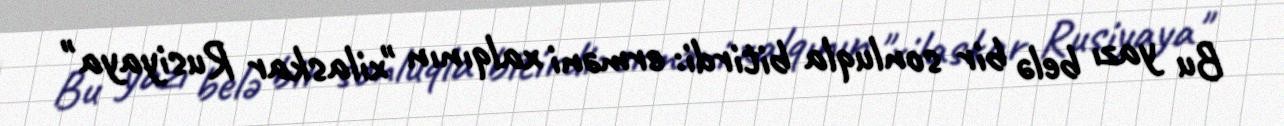
Bu yazı belə bir sonluqla bitirdi: erməni xalqının "xilaskar Rusiyaya"